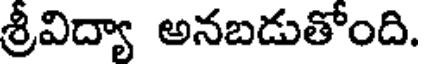
శ్రీవిద్యా అనబడుతోంది.